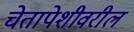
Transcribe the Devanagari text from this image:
चेतापेशीवरील